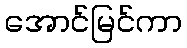
အောင်မြင်ကာ